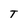
Character: T